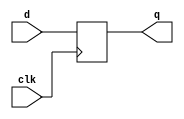
//******************************************************************************
// EE108b MIPS verilog model
//
// ff.v
//
// contains flop-flop definitions to be used in the design
//
// from EE183 library
//
//******************************************************************************

// dff: D flip-flop
// Parametrized width; default of 1

module dff ( d,  clk, q);
	parameter WIDTH = 1;
	
	input clk;
	input [WIDTH-1:0] d;
	
	output [WIDTH-1:0] q;
	reg [WIDTH-1:0] q;

	always @ (posedge clk) 
		q <= d;

endmodule

// dffr: D flip-flop with active high synchronous reset
// Parametrized width; default of 1

module dffr ( d, r, clk, q);

	parameter WIDTH = 1;

	input r;
	input clk;
	input [WIDTH-1:0] d;

	output [WIDTH-1:0] q;
	reg [WIDTH-1:0] q;

	always @ (posedge clk) 
	if ( r ) 
		q <= {WIDTH{1'b0}};
	else
		q <= d;

endmodule


// dffre: D flip-flop with active high enable and reset
// Parametrized width; default of 1

module dffre ( d, en, r, clk, q);

	parameter WIDTH = 1;

	input en;
	input r;
	input clk;
	input [WIDTH-1:0] d;

	output [WIDTH-1:0] q;
	reg [WIDTH-1:0] q;

	always @ (posedge clk)
	if ( r )
		q <= {WIDTH{1'b0}};
	else if (en)
		q <= d;
	else
		q <= q;

endmodule

// dffar: D flip-flop with active high asynchronous reset
// Parametrized width; default of 1

module dffar ( d, en, r, clk, q);

	parameter WIDTH = 1;

	input r;
	input en;
	input clk;
	input [WIDTH-1:0] d;

	output [WIDTH-1:0] q;
	reg [WIDTH-1:0] q;

	always @ (posedge clk or posedge r) 
		if ( r ) 
			q <= {WIDTH{1'b0}};
		else	if(en & ~r)
			q <= d;
		else
			q <= q;	

endmodule